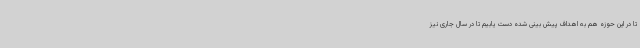
تا در این حوزه هم به اهداف پیش بینی شده دست یابیم تا در سال جاری نیز